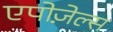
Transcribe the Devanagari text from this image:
एपोज़ेल्स